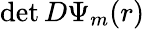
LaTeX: \operatorname*{det}D\Psi_{m}(r)